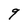
Character: q